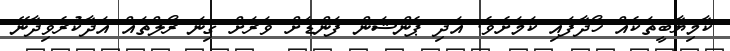
ކާމިޔާބީތަކެއް ހޯދާފައި ކަމަށެވެ. އަދި ޕެންޝަން ފަންޑަށް ވަރަށް ގިނަ ރޯލްތައް އަދާކުރެވިދާނޭ